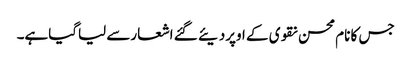
جس کا نام محسن نقوی کے اوپردیئے گئے اشعارسے لیاگیاہے۔